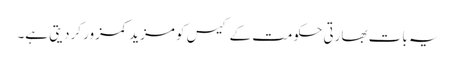
یہ بات بھارتی حکومت کے کیس کو مزید کمزور کردیتی ہے۔